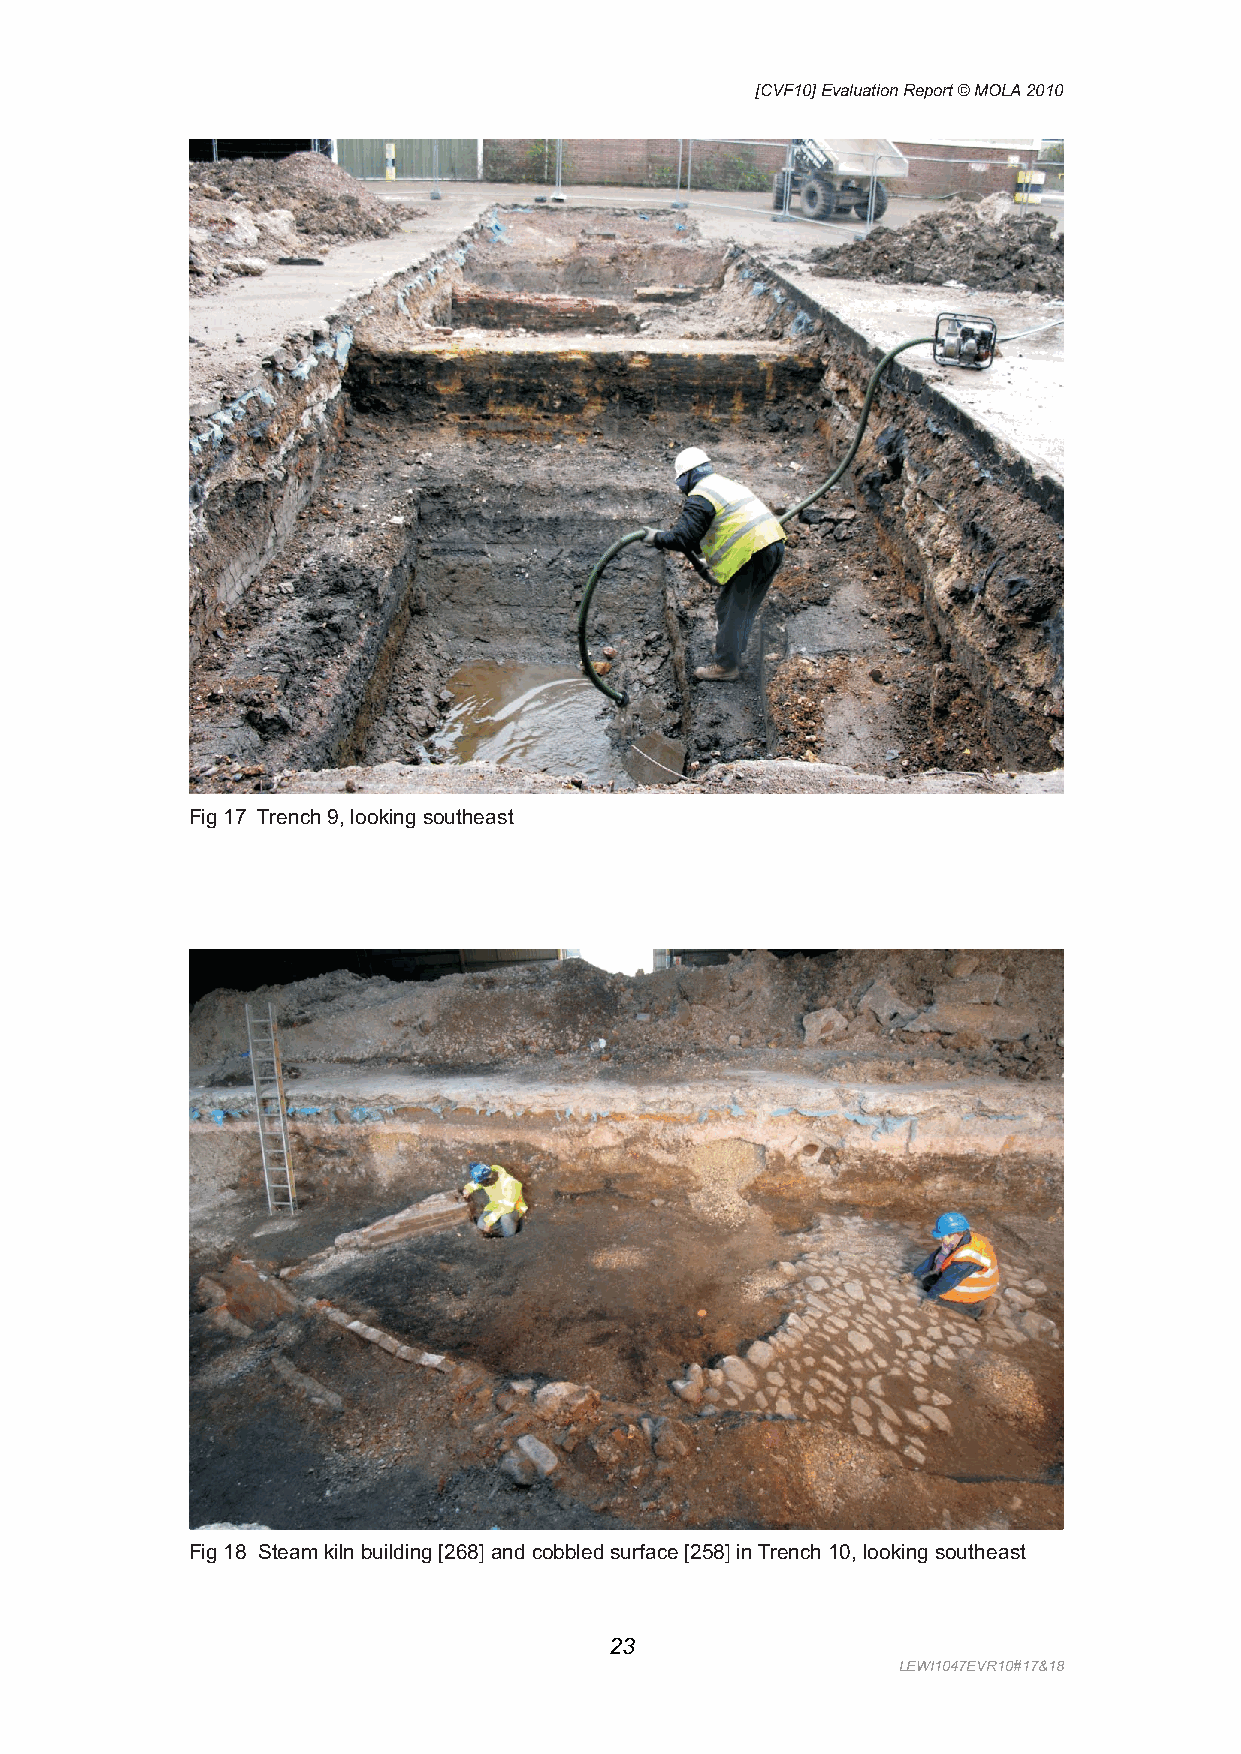
[CVF10] Evaluation Report © MOLA 2010
 Fig 17 Trench 9, looking southeast
 Fig 18 Steam kiln building [268] and cobbled surface [258] in Trench 10, looking southeast
 23
 LEWI1047EVR10#17&18